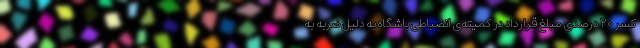
کسر ۲۰ درصدی مبلغ قرارداد در کمیته‌ی انضباطی باشگاه به دلیل ضربه به